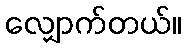
လျှောက်တယ်။